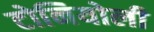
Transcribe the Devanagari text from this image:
टोनियोली